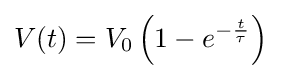
V(t)=V_{0}\left(1-e^{-{\frac {t}{\tau }}}\right)